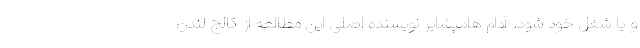
و یا شغل خود شود. آدام هامپشایر نویسنده اصلی این مطالعه از کالج لندن